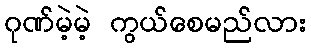
ဂုဏ်မဲ့မဲ့ ကွယ်စေမည်လား